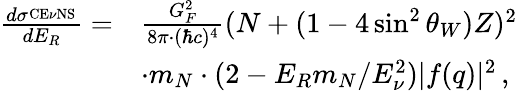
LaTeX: \begin{array}{rl}{\frac{d\sigma^{_{\mathrm{CE}\nu\mathrm{NS}}}}{dE_{R}}=}&{\frac{G_{F}^{2}}{8\pi\cdot(\hbar c)^{4}}(N+(1-4\sin^{2}\theta_{W})Z)^{2}}\\ &{\cdot m_{N}\cdot(2-E_{R}m_{N}/E_{\nu}^{2})|f(q)|^{2}\, ,}\end{array}